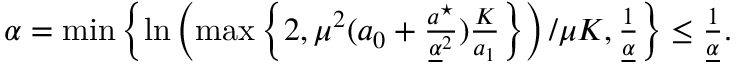
\begin{array} { r } { \alpha = \operatorname* { m i n } \left\{ \ln \left( \operatorname* { m a x } \left\{ 2 , \mu ^ { 2 } ( a _ { 0 } + \frac { a ^ { \star } } { \underline { { \alpha } } ^ { 2 } } ) \frac { K } { a _ { 1 } } \right\} \right) / \mu K , \frac { 1 } { \underline { { \alpha } } } \right\} \leq \frac { 1 } { \underline { { \alpha } } } . } \end{array}